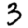
Digit: 3